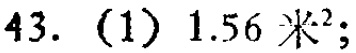
43. (1) \(1.56\ 米^{2}\);